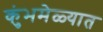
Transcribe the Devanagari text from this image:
कुंभमेळ्यात